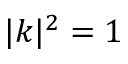
| \boldsymbol k | ^ { 2 } = 1